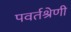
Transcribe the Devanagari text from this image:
पवर्तश्रेणी